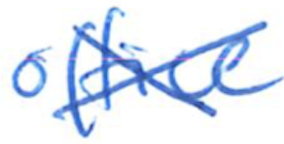
Text: office
Cross-out: cross
Writing tool: ballpoint